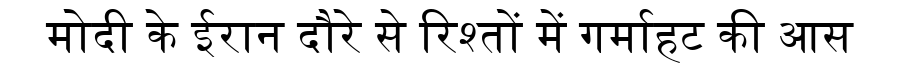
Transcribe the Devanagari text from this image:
मोदी के ईरान दौरे से रिश्तों में गर्माहट की आस